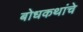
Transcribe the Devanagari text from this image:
बोधकथांचे